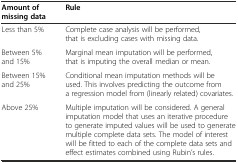
<table><thead><tr><td><b>Amount of missing data</b></td><td><b>Rule</b></td></tr></thead><tbody><tr><td>Less than 5%</td><td>Complete case analysis will be performed, that is excluding cases with missing data.</td></tr><tr><td>Between 5% and 15%</td><td>Marginal mean imputation will be performed, that is imputing the overall median or mean.</td></tr><tr><td>Between 15% and 25%</td><td>Conditional mean imputation methods will be used. This involves predicting the outcome from a regression model from (linearly related) covariates.</td></tr><tr><td>Above 25%</td><td>Multiple imputation will be considered. A general imputation model that uses an iterative procedure to generate imputed values will be used to generate multiple complete data sets. The model of interest will be fitted to each of the complete data sets and effect estimates combined using Rubin’s rules.</td></tr></tbody></table>